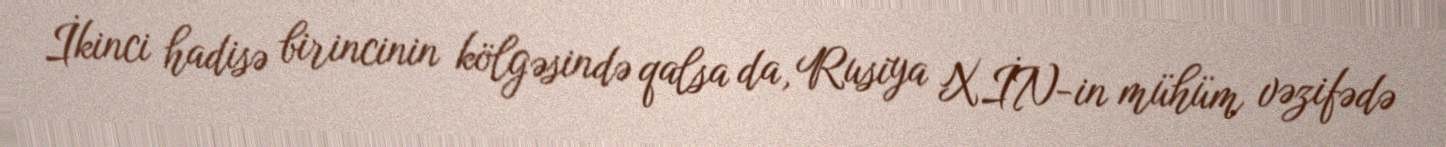
İkinci hadisə birincinin kölgəsində qalsa da, Rusiya XİN-in mühüm vəzifədə